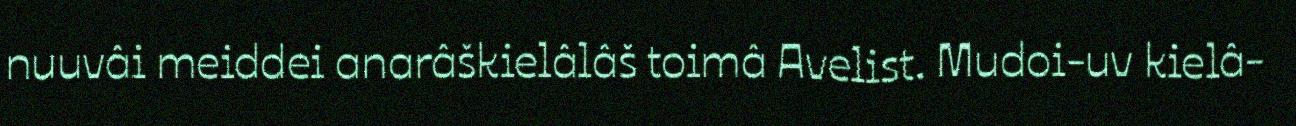
nuuvâi meiddei anarâškielâlâš toimâ Avelist. Mudoi-uv kielâ-